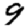
Digit: 9